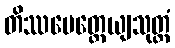
တိဿမေတ္တေယျသုတ္တံ